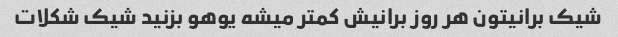
شیک برانیتون هر روز برانیش کمتر میشه یوهو بزنید شیک شکلات